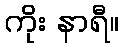
ကိုး နာရီ။